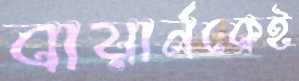
বায়ার্নকেই